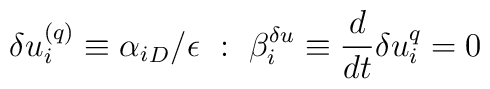
\delta u^{(q)}_i \equiv {\alpha_i}_D /\epsilon~:~ \beta_i^{\delta u} \equiv \frac{d}{dt} \delta u_i^{q} =0